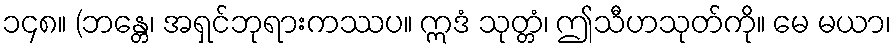
၁၄၈။ (ဘန္တေ၊ အရှင်ဘုရားကဿပ။ ဣဒံ သုတ္တံ၊ ဤသီဟသုတ်ကို။ မေ မယာ၊